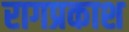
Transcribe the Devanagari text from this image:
रागप्रकाश